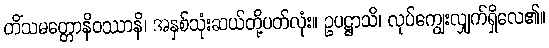
တိံသမတ္တောနိဝဿာနိ၊ အနှစ်သုံးဆယ်တို့ပတ်လုံး။ ဥပဋ္ဌာသိ၊ လုပ်ကျွေးလျှက်ရှိလေ၏။